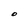
Character: O